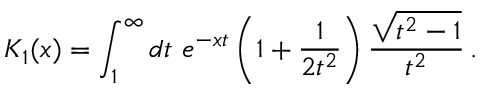
K _ { 1 } ( x ) = \int _ { 1 } ^ { \infty } d t \ e ^ { - x t } \left( 1 + \frac { 1 } { 2 t ^ { 2 } } \right) \frac { \sqrt { t ^ { 2 } - 1 } } { t ^ { 2 } } \, .